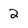
Character: 2